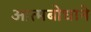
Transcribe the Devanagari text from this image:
आत्मबोधाने